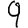
Digit: 9